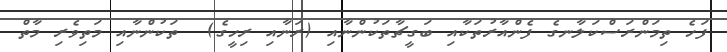
ފަހެ ތިމަންރަސްކަލާނގެ ފެންއާރުތަކާއި ބަގީޗާތަކުންނާއި (ރަނާއި ރިހީގެ)  ތަކުންނާއި މަތިވެރި މާތް